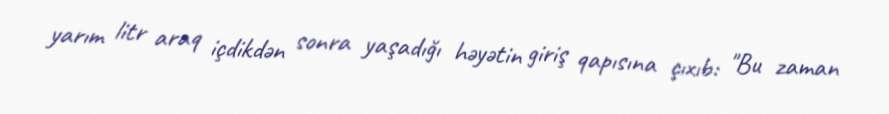
yarım litr araq içdikdən sonra yaşadığı həyətin giriş qapısına çıxıb: "Bu zaman